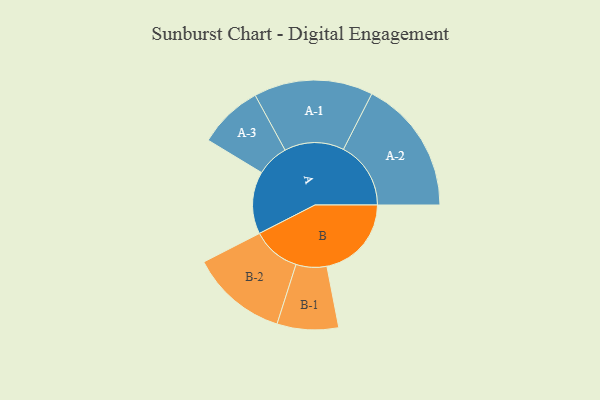
{"axis": {"x": "Segment", "y": "Value"}, "legend": ["", "A", "B"], "data": [{"x": "A", "y": 240, "type": ""}, {"x": "B", "y": 325, "type": ""}, {"x": "A-1", "y": 229, "type": "A"}, {"x": "A-2", "y": 259, "type": "A"}, {"x": "A-3", "y": 124, "type": "A"}, {"x": "B-1", "y": 118, "type": "B"}, {"x": "B-2", "y": 186, "type": "B"}]}